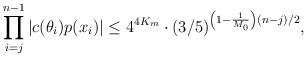
LaTeX: \begin{align*}\prod \limits_{i=j}^{n-1} |c(\theta_i)p(x_i)| \leq 4^{4K_m} \cdot (3/5)^{\left(1 - \frac1{M_0} \right)(n - j)/2},\end{align*}